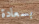
بسعادة